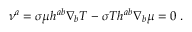
\nu ^ { a } = \sigma \mu h ^ { a b } \nabla _ { b } T - \sigma T h ^ { a b } \nabla _ { b } \mu = 0 ~ .